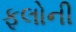
ફૂલોની